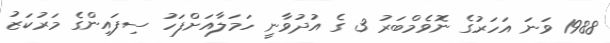
1988 ވަނަ އަހަރުގެ ނޮވެމްބަރު 3 ގެ އުދުވާނީ ހަމަލާއަށްފަހު ސިފައިންގެ މަރުކަޒު